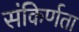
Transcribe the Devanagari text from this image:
संकिर्णता